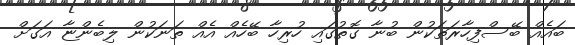
ބައެއް ބޭސްފިހާރަތަކުން ބުނާ ގޮޮތުގައި ހުރިހާ ބޭހެއް އެއް ތަނަކުން ލިބެންޏާ އަގަށް